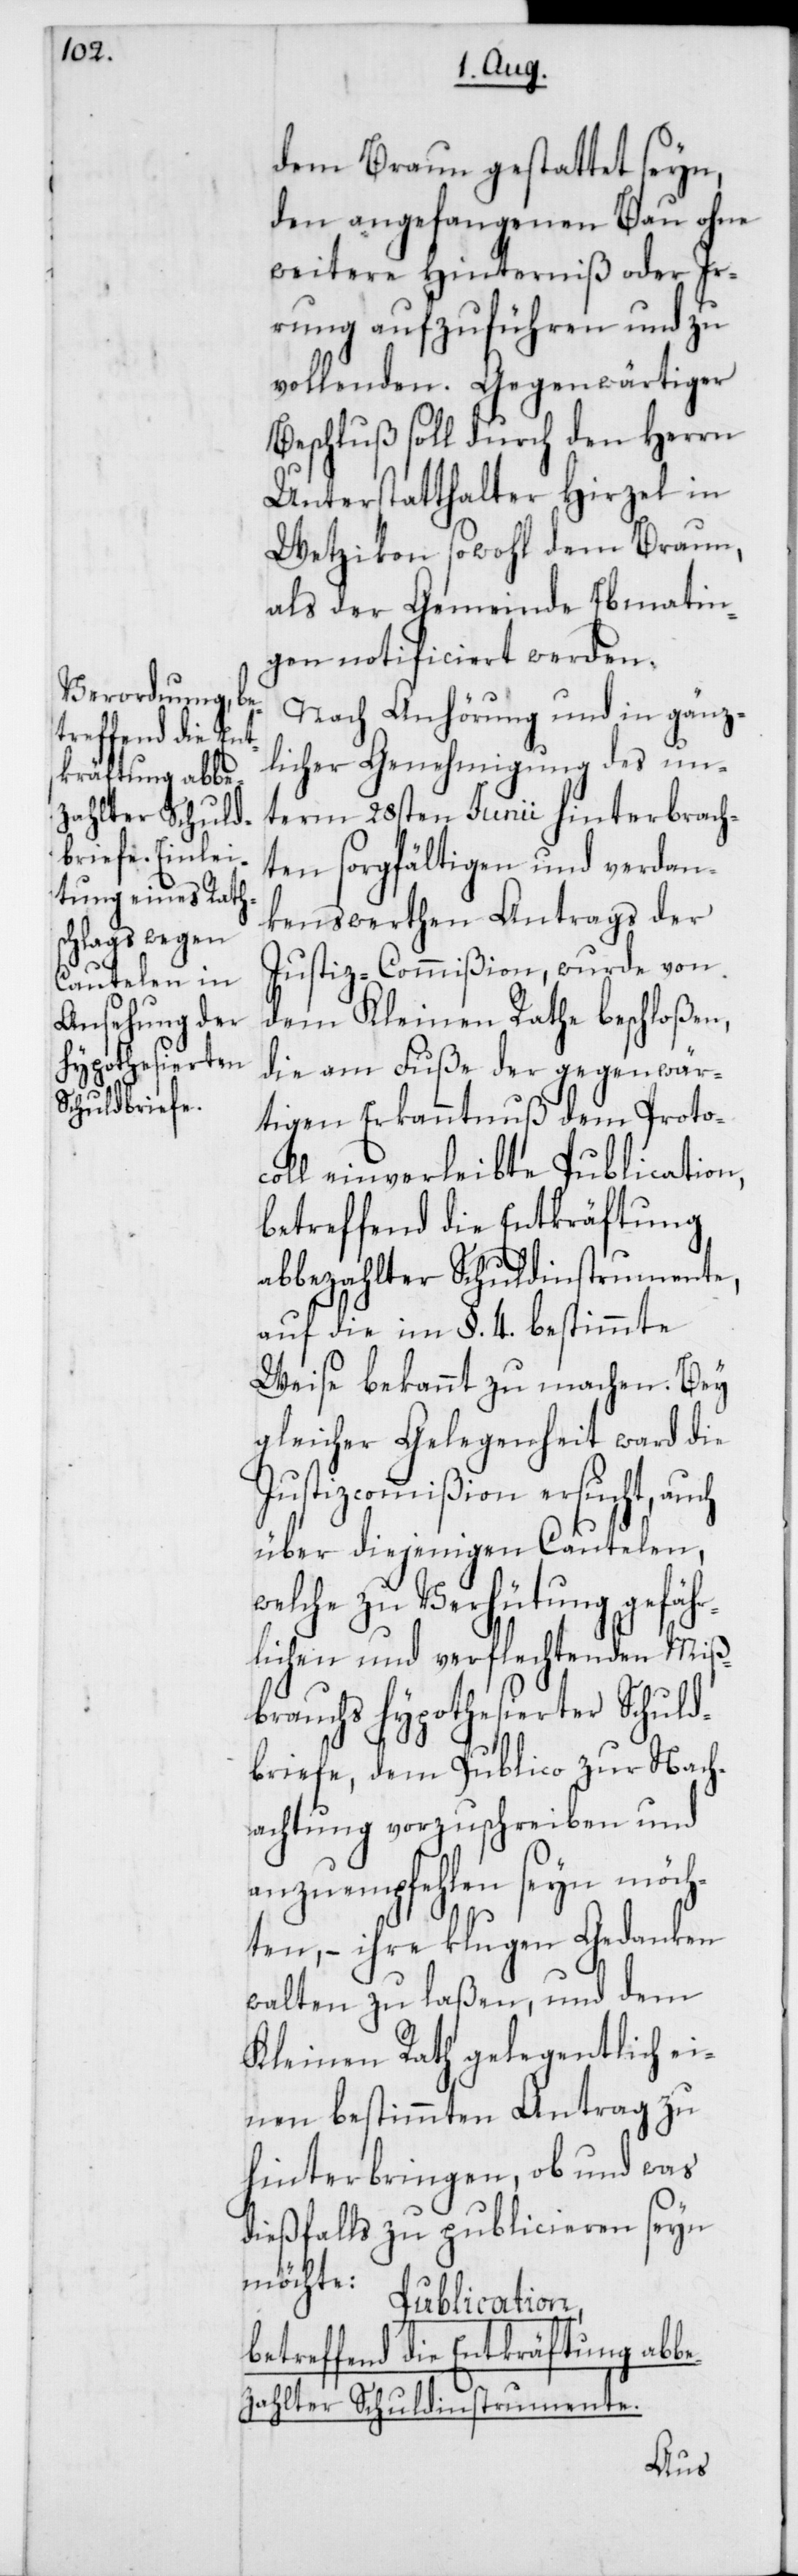
dem Braun gestattet seyn,
den angefangenen Bau ohne
weitere Hinderniß oder Ir¬
rung aufzuführen und zu
Beschluß soll durch den Herrn
Unterstatthalter Hirzel in
Wetzikon sowohl dem Braun,
als der Gemeinde Ebmatin¬
gen notificiert werden.
Nach Anhörung und in gänz¬
licher Genehmigung des un¬
term 28sten Junii hinterbrach¬
ten sorgfältigen und verdan¬
kenswerthen Antrags der
Justiz-Commißion, wurde von
dem Kleinen Rathe beschloßen,
die am Fuße der gegenwär¬
tigen Erkanntnuß dem Proto¬
coll einverleibte Publication,
betreffend die Entkräftung
abbezahlter Schuldinstrumente.
auf die im §. 4 bestimmte
Weise bekannt zu machen. Bey
gleicher Gelegenheit ward die
Justizcommißion ersucht, auch
über diejenigen Cautelen,
welche zu Verhütung gefähr¬
lichen und verflechtenden Miß¬
brauchs hypothesierter Schuld¬
briefe, dem Publico zur Nach¬
achtung vorzuschreiben und
anzuempfehlen seyn möch¬
ten, – ihre klugen Gedanken
walten zu laßen, und dem
Kleinen Rath gelegentlich ei¬
nen bestimmten Antrag zu
hinterbringen, ob und was
dießfalls zu publicieren seyn
möchte:
Publication,